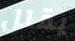
يقلل